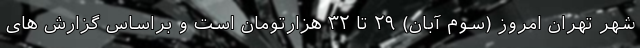
شهر تهران امروز (سوم آبان) ۲۹ تا ۳۲ هزارتومان است و براساس گزارش های